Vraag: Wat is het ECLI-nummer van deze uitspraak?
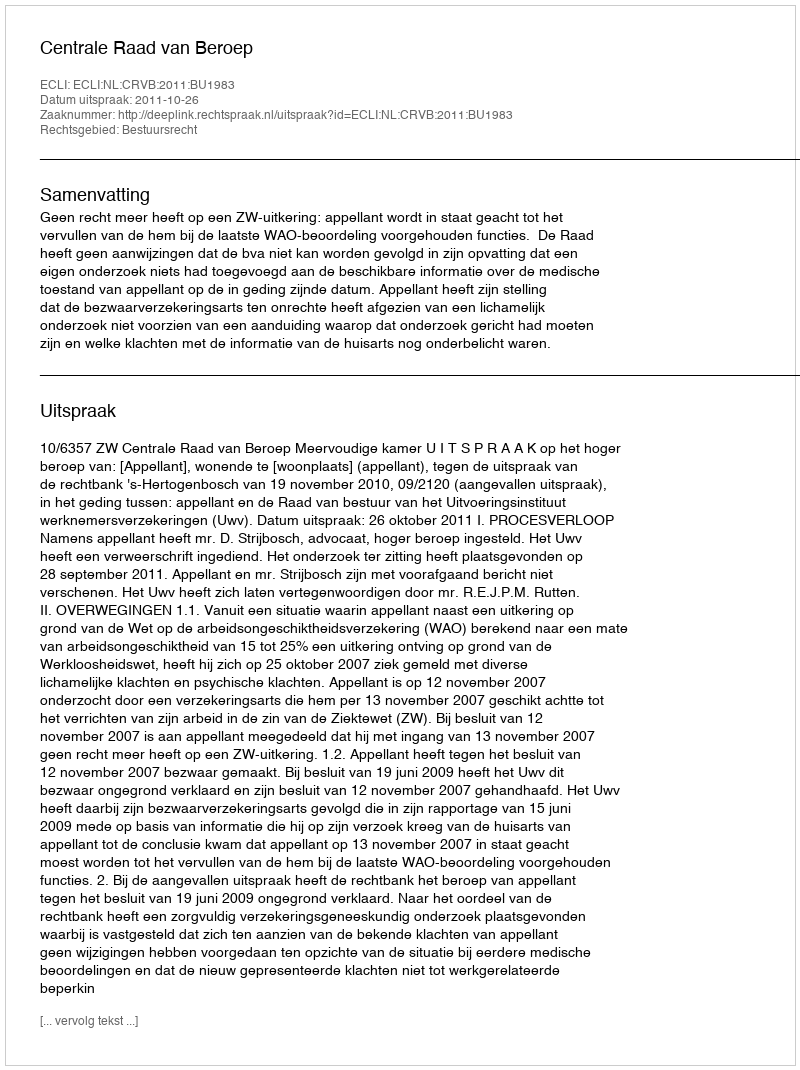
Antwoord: ECLI:NL:CRVB:2011:BU1983